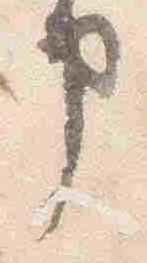
申